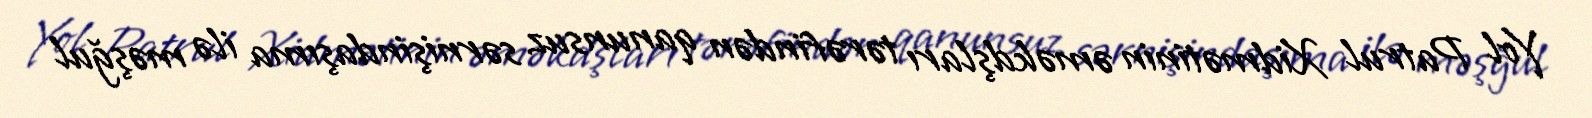
Yol Patrul Xidmətinin əməkdşları tərəfindən qanunsuz sərnişindaşıma ilə məşğul